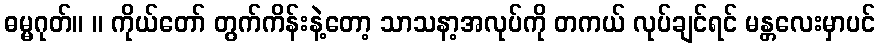
ဓမ္မဂုတ်။ ။ ကိုယ်တော် တွက်ကိန်းနဲ့တော့ သာသနာ့အလုပ်ကို တကယ် လုပ်ချင်ရင် မန္တလေးမှာပင်